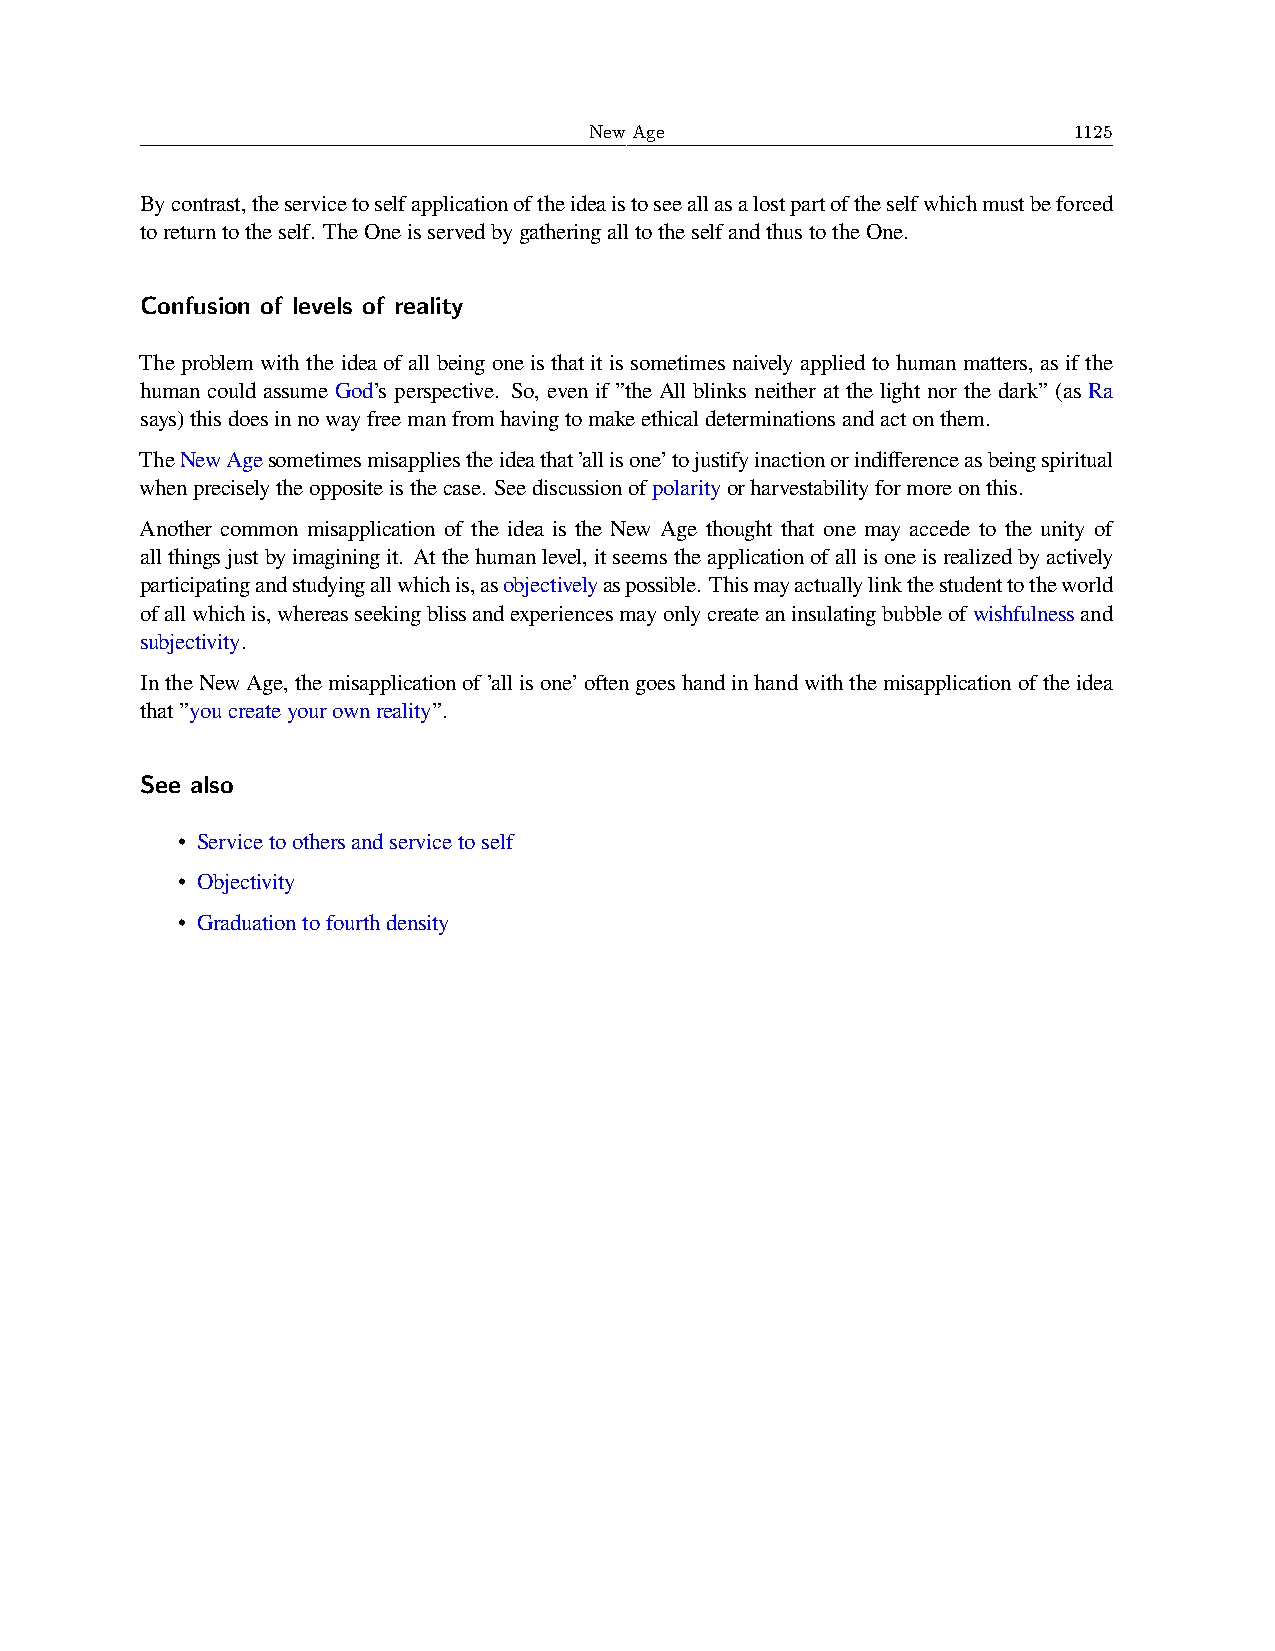
New Age                         1125
 Bycontrast,theservicetoselfapplicationoftheideaistoseeallasalostpartoftheselfwhichmustbeforced
 toreturntotheself. TheOneisservedbygatheringalltotheselfandthustotheOne.
 Confusion of levels of reality
 The problem with the idea of all being one is that it is sometimes naively applied to human matters, as if the
 human could assume God’s perspective. So, even if ”the All blinks neither at the light nor the dark” (as Ra
 says)thisdoesinnowayfreemanfromhavingtomakeethicaldeterminationsandactonthem.
 TheNewAgesometimesmisappliestheideathat’allisone’tojustifyinactionorindifferenceasbeingspiritual
 whenpreciselytheoppositeisthecase. Seediscussionofpolarityorharvestabilityformoreonthis.
 Another common misapplication of the idea is the New Age thought that one may accede to the unity of
 allthingsjustbyimaginingit. Atthehumanlevel,itseemstheapplicationofallisoneisrealizedbyactively
 participatingandstudyingallwhichis,asobjectivelyaspossible. Thismayactuallylinkthestudenttotheworld
 ofallwhichis,whereasseekingblissandexperiencesmayonlycreateaninsulatingbubbleofwishfulnessand
 subjectivity.
 IntheNewAge,themisapplicationof’allisone’oftengoeshandinhandwiththemisapplicationoftheidea
 that”youcreateyourownreality”.
 See also
 • Servicetoothersandservicetoself
 • Objectivity
 • Graduationtofourthdensity